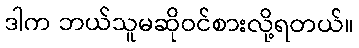
ဒါက ဘယ်သူမဆိုဝင်စားလို့ရတယ်။